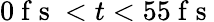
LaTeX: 0\mathrm{~f~s~}<t<55\mathrm{~f~s~}